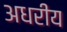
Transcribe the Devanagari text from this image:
अधरीय